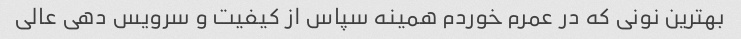
بهترین نونى که در عمرم خوردم همینه سپاس از کیفیت و سرویس دهى عالى